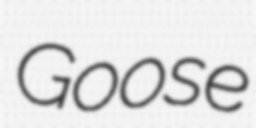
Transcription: Goose